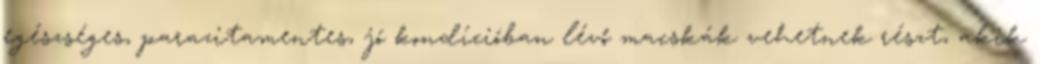
egészséges, parazitamentes, jó kondícióban lévő macskák vehetnek részt, akik